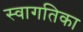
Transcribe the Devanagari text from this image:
स्वागतिका